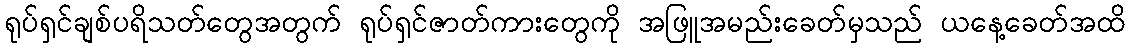
ရုပ်ရှင်ချစ်ပရိသတ်တွေအတွက် ရုပ်ရှင်ဇာတ်ကားတွေကို အဖြူအမည်းခေတ်မှသည် ယနေ့ခေတ်အထိ